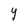
Character: I